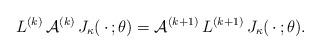
LaTeX: \begin{align*}L^{(k)}\,{\mathcal A}^{(k)}\,J_\kappa(\,\cdot\,;\theta)={\mathcal A}^{(k+1)}\,L^{(k+1)}\,J_\kappa(\,\cdot\,;\theta). \end{align*}